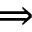
\Rightarrow